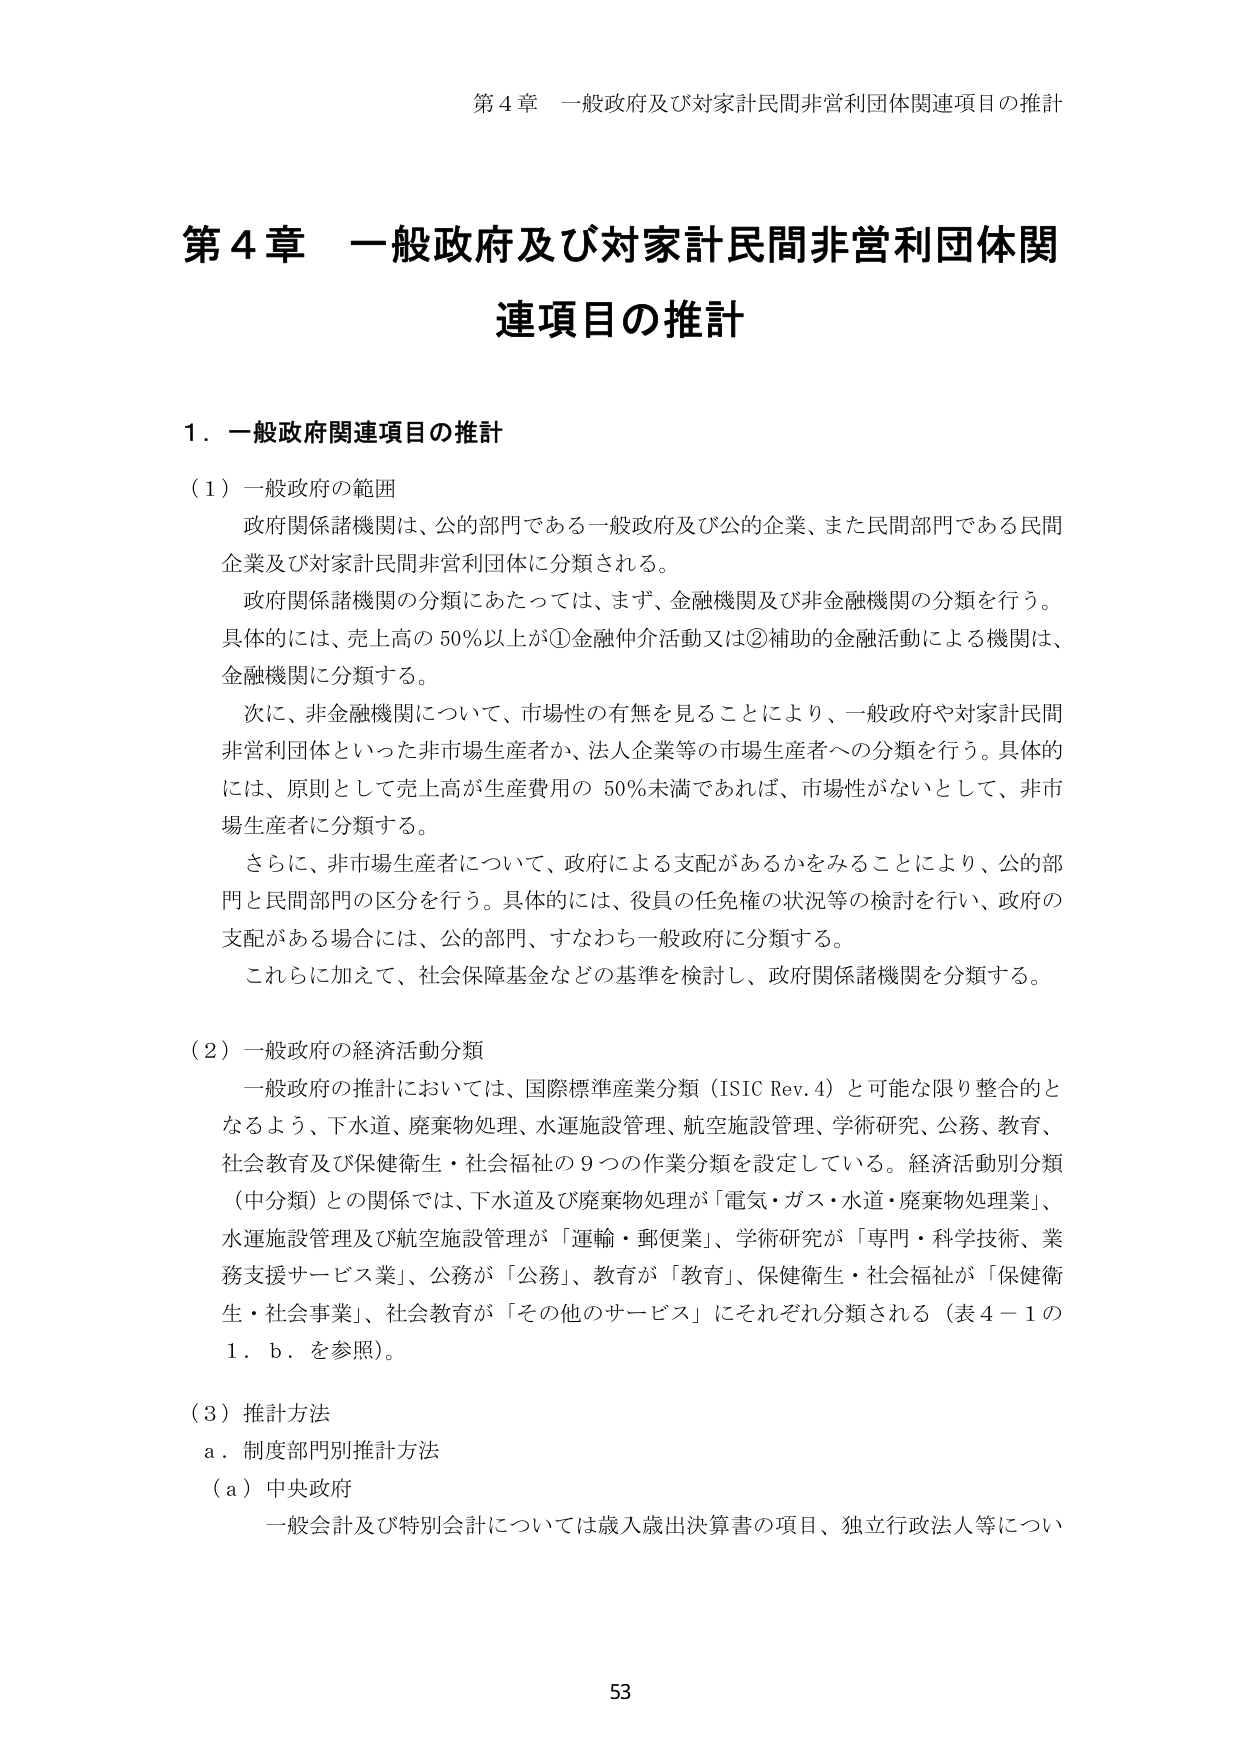
第４章 一般政府及び対家計民間非営利団体関連項目の推計

第４章 一般政府及び対家計民間非営利団体関連項目の推計

１．一般政府関連項目の推計

（１）一般政府の範囲
政府関係諸機関は、公的部門である一般政府及び公的企業、また民間部門である民間企業及び対家計民間非営利団体に分類される。
政府関係諸機関の分類にあたっては、まず、金融機関及び非金融機関の分類を行う。具体的には、売上高の50％以上が①金融仲介活動又は②補助的金融活動による機関は、金融機関に分類する。
次に、非金融機関について、市場性の有無を見ることにより、一般政府や対家計民間非営利団体といった非市場生産者か、法人企業等の市場生産者への分類を行う。具体的には、原則として売上高が生産費用の50％未満であれば、市場性がないとして、非市場生産者に分類する。
さらに、非市場生産者について、政府による支配があるかをみることにより、公的部門と民間部門の区分を行う。具体的には、役員の任免権の状況等の検討を行い、政府の支配がある場合には、公的部門、すなわち一般政府に分類する。
これらに加えて、社会保障基金などの基準を検討し、政府関係諸機関を分類する。

（２）一般政府の経済活動分類
一般政府の推計においては、国際標準産業分類（ISIC Rev.4）と可能な限り整合的となるよう、下水道、廃棄物処理、水運施設管理、航空施設管理、学術研究、公務、教育、社会教育及び保健衛生・社会福祉の９つの作業分類を設定している。経済活動別分類（中分類）との関係では、下水道及び廃棄物処理が「電気・ガス・水道・廃棄物処理業」、水運施設管理及び航空施設管理が「運輸・郵便業」、学術研究が「専門・科学技術、業務支援サービス業」、公務が「公務」、教育が「教育」、保健衛生・社会福祉が「保健衛生・社会事業」、社会教育が「その他のサービス」にそれぞれ分類される（表４－１の１．ｂ．を参照）。

（３）推計方法
ａ．制度部門別推計方法
（ａ）中央政府
一般会計及び特別会計については歳入歳出決算書の項目、独立行政法人等につい

53